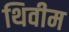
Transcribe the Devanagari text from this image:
थिवीम